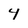
Character: 4